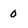
Character: 0